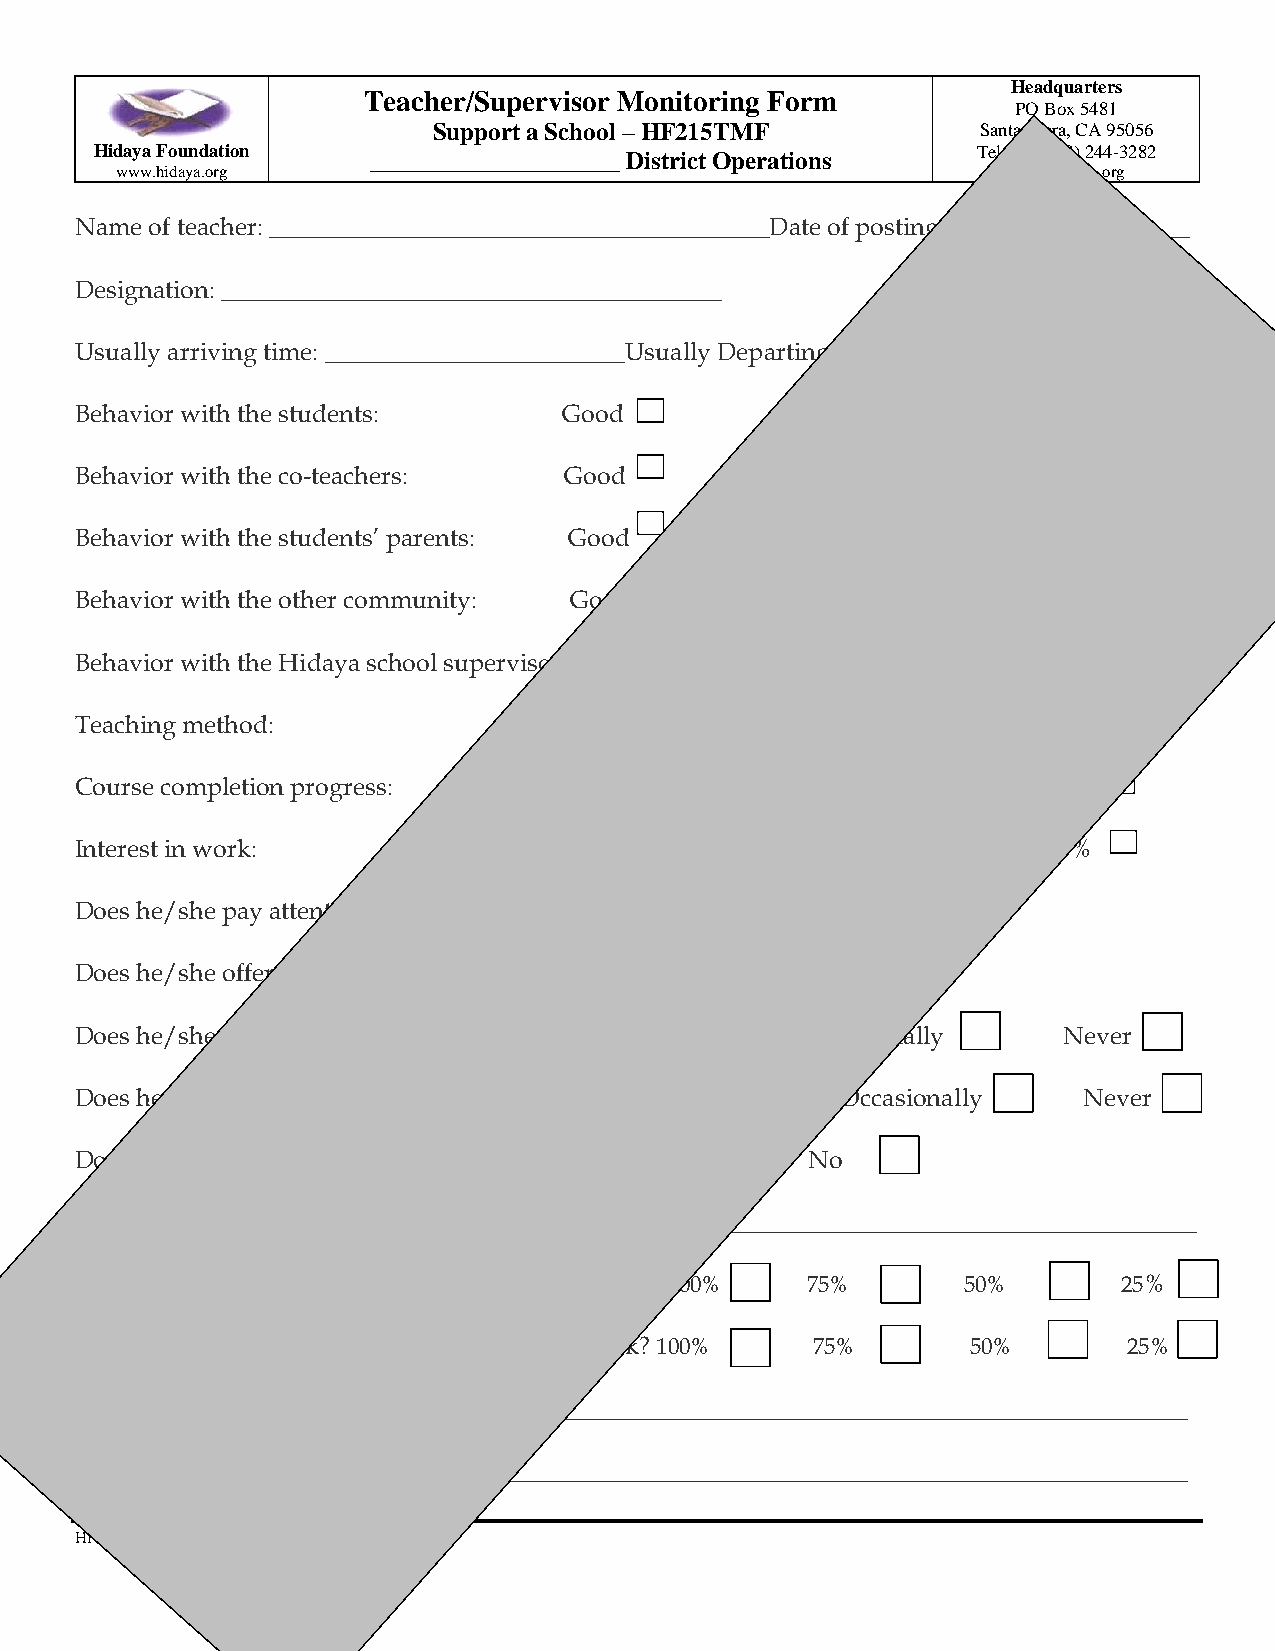
Headquarters
 Teacher/Supervisor Monitoring Form
 PO Box 5481
 Support a School – HF215TMF         Santa Clara, CA 95056
 Hidaya Foundation ____________________ District Operations Tel No: (408) 244-3282
 www.hidaya.org                                             mail@hidaya.org
 Name of teacher: ________________________________________Date of posting: ___________________
 Designation: ________________________________________
 Usually arriving time: ________________________Usually Departing Time: _______________________
 Behavior with the students:     Good              Fair           Bad
 Behavior with the co-teachers:  Good               Fair          Bad
 Behavior with the students’ parents: Good          Fair          Bad
 Behavior with the other community: Good            Fair          Bad
 Behavior with the Hidaya school supervisor: Good    Fair         Bad
 Teaching method:                 Good               Fair         Bad
 Course completion progress:      100%    75%        50%         25%
 Interest in work:               100%     75%       50%          25%
 Does he/she pay attention to cleanliness? Yes No
 Does he/she offer Namaz?       Yes      No
 Does he/she use to tell a lie? Always Sometimes Occasionally     Never
 Does he/she use to abuse children? Always Sometimes Occasionally   Never
 Does he/she tell student about moral character? Yes No
 How many days does he/she get off in a month? ______________________________________________
 How much students are satisfied with his/her work? 100% 75% 50%      25%
 How much parents are satisfied with his/her work? 100% 75% 50%        25%
 What are his/her favorite subjects? _________________________________________________________
 Remarks:-________________________________________________________________________________
 HF215TMF